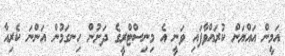
އަމީން އައްޔަން ކުރައްވާފައި ވަނީ އެ މިނިސްޓްރީގެ ދަށުން ހިނގަމުން އަންނަ ކެރިއާ